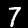
Label: 7